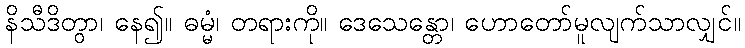
နိသီဒိတွာ၊ နေ၍။ ဓမ္မံ၊ တရားကို။ ဒေသေန္တော၊ ဟောတော်မူလျက်သာလျှင်။